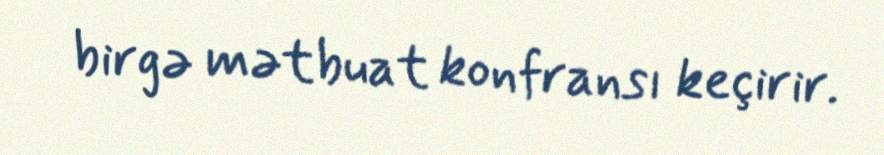
birgə mətbuat konfransı keçirir.